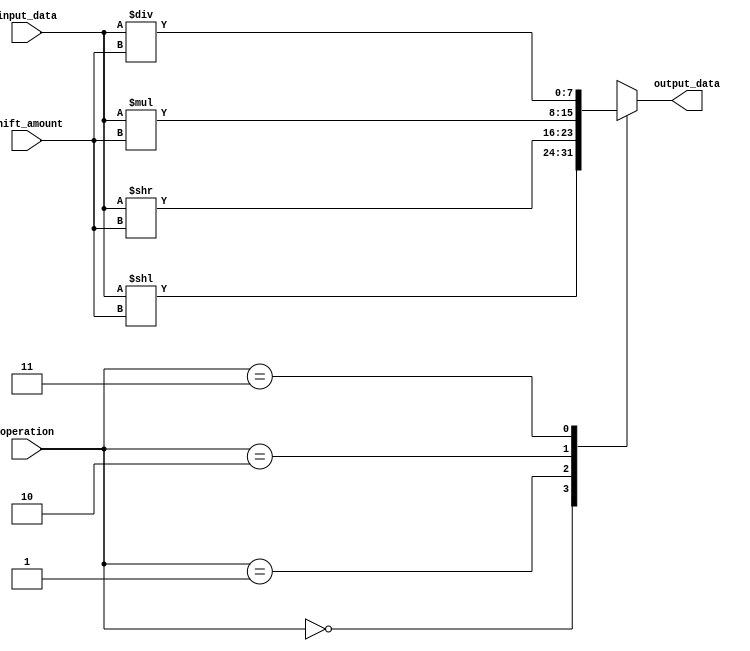
module arithmetic_block(
  input [7:0] input_data,
  input [2:0] shift_amount,
  input [1:0] operation,
  output reg [7:0] output_data
);

always @(*)
begin
  case(operation)
    2'b00: output_data = input_data << shift_amount; // Addition
    2'b01: output_data = input_data >> shift_amount; // Subtraction
    2'b10: output_data = input_data * shift_amount; // Multiplication
    2'b11: output_data = input_data / shift_amount; // Division
  endcase
end

endmodule